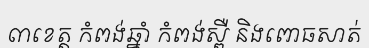
៣ខេត្ត កំពង់ឆ្នាំ កំពង់ស្ពឺ និងពោធសាត់